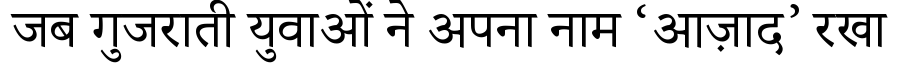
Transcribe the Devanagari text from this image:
जब गुजराती युवाओं ने अपना नाम ‘आज़ाद’ रखा